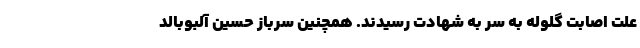
علت اصابت گلوله به سر به شهادت رسیدند. همچنین سرباز حسین آلبوبالد